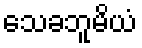
သေခဘူမိယံ